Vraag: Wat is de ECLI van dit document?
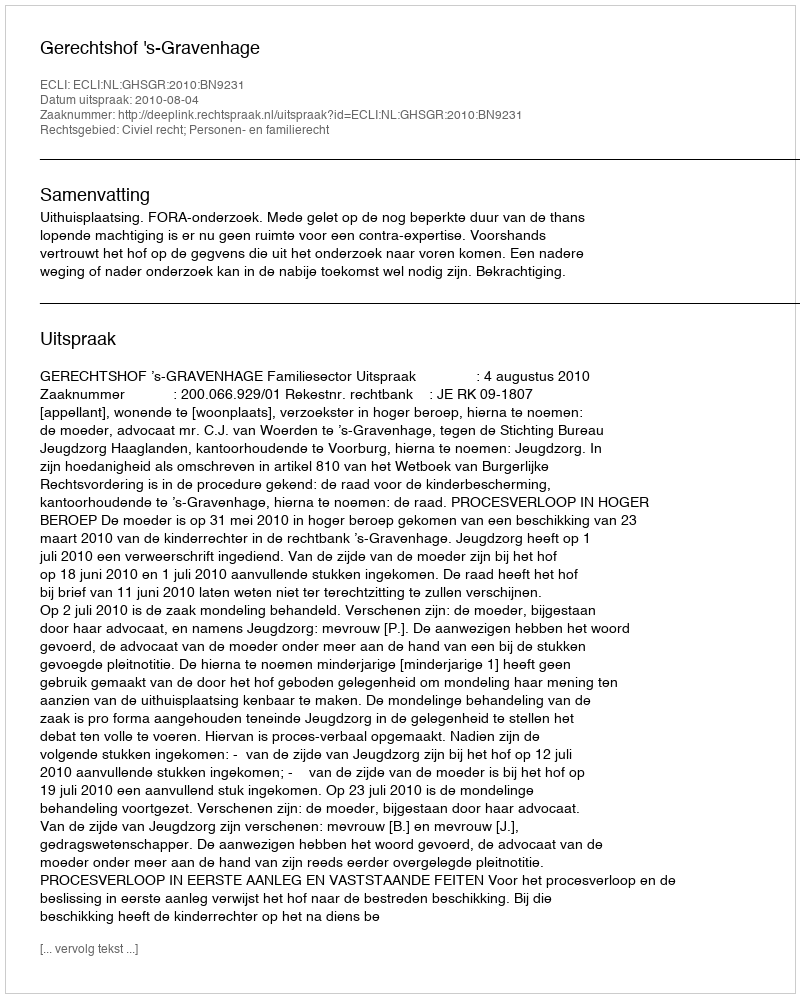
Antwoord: ECLI:NL:GHSGR:2010:BN9231